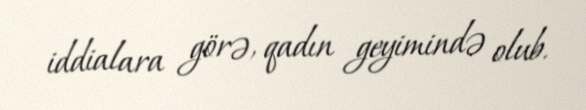
iddialara görə, qadın geyimində olub.